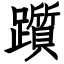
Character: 躓